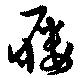
屨